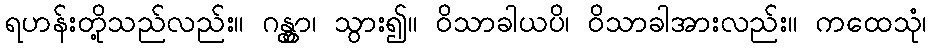
ရဟန်းတို့သည်လည်း။ ဂန္တွာ၊ သွား၍။ ဝိသာခါယပိ၊ ဝိသာခါအားလည်း။ ကထေသုံ၊